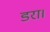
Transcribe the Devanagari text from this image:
डरा।